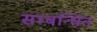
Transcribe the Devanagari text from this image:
सम्‍बन्‍धित